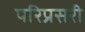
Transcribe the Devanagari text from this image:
परिप्रसरी